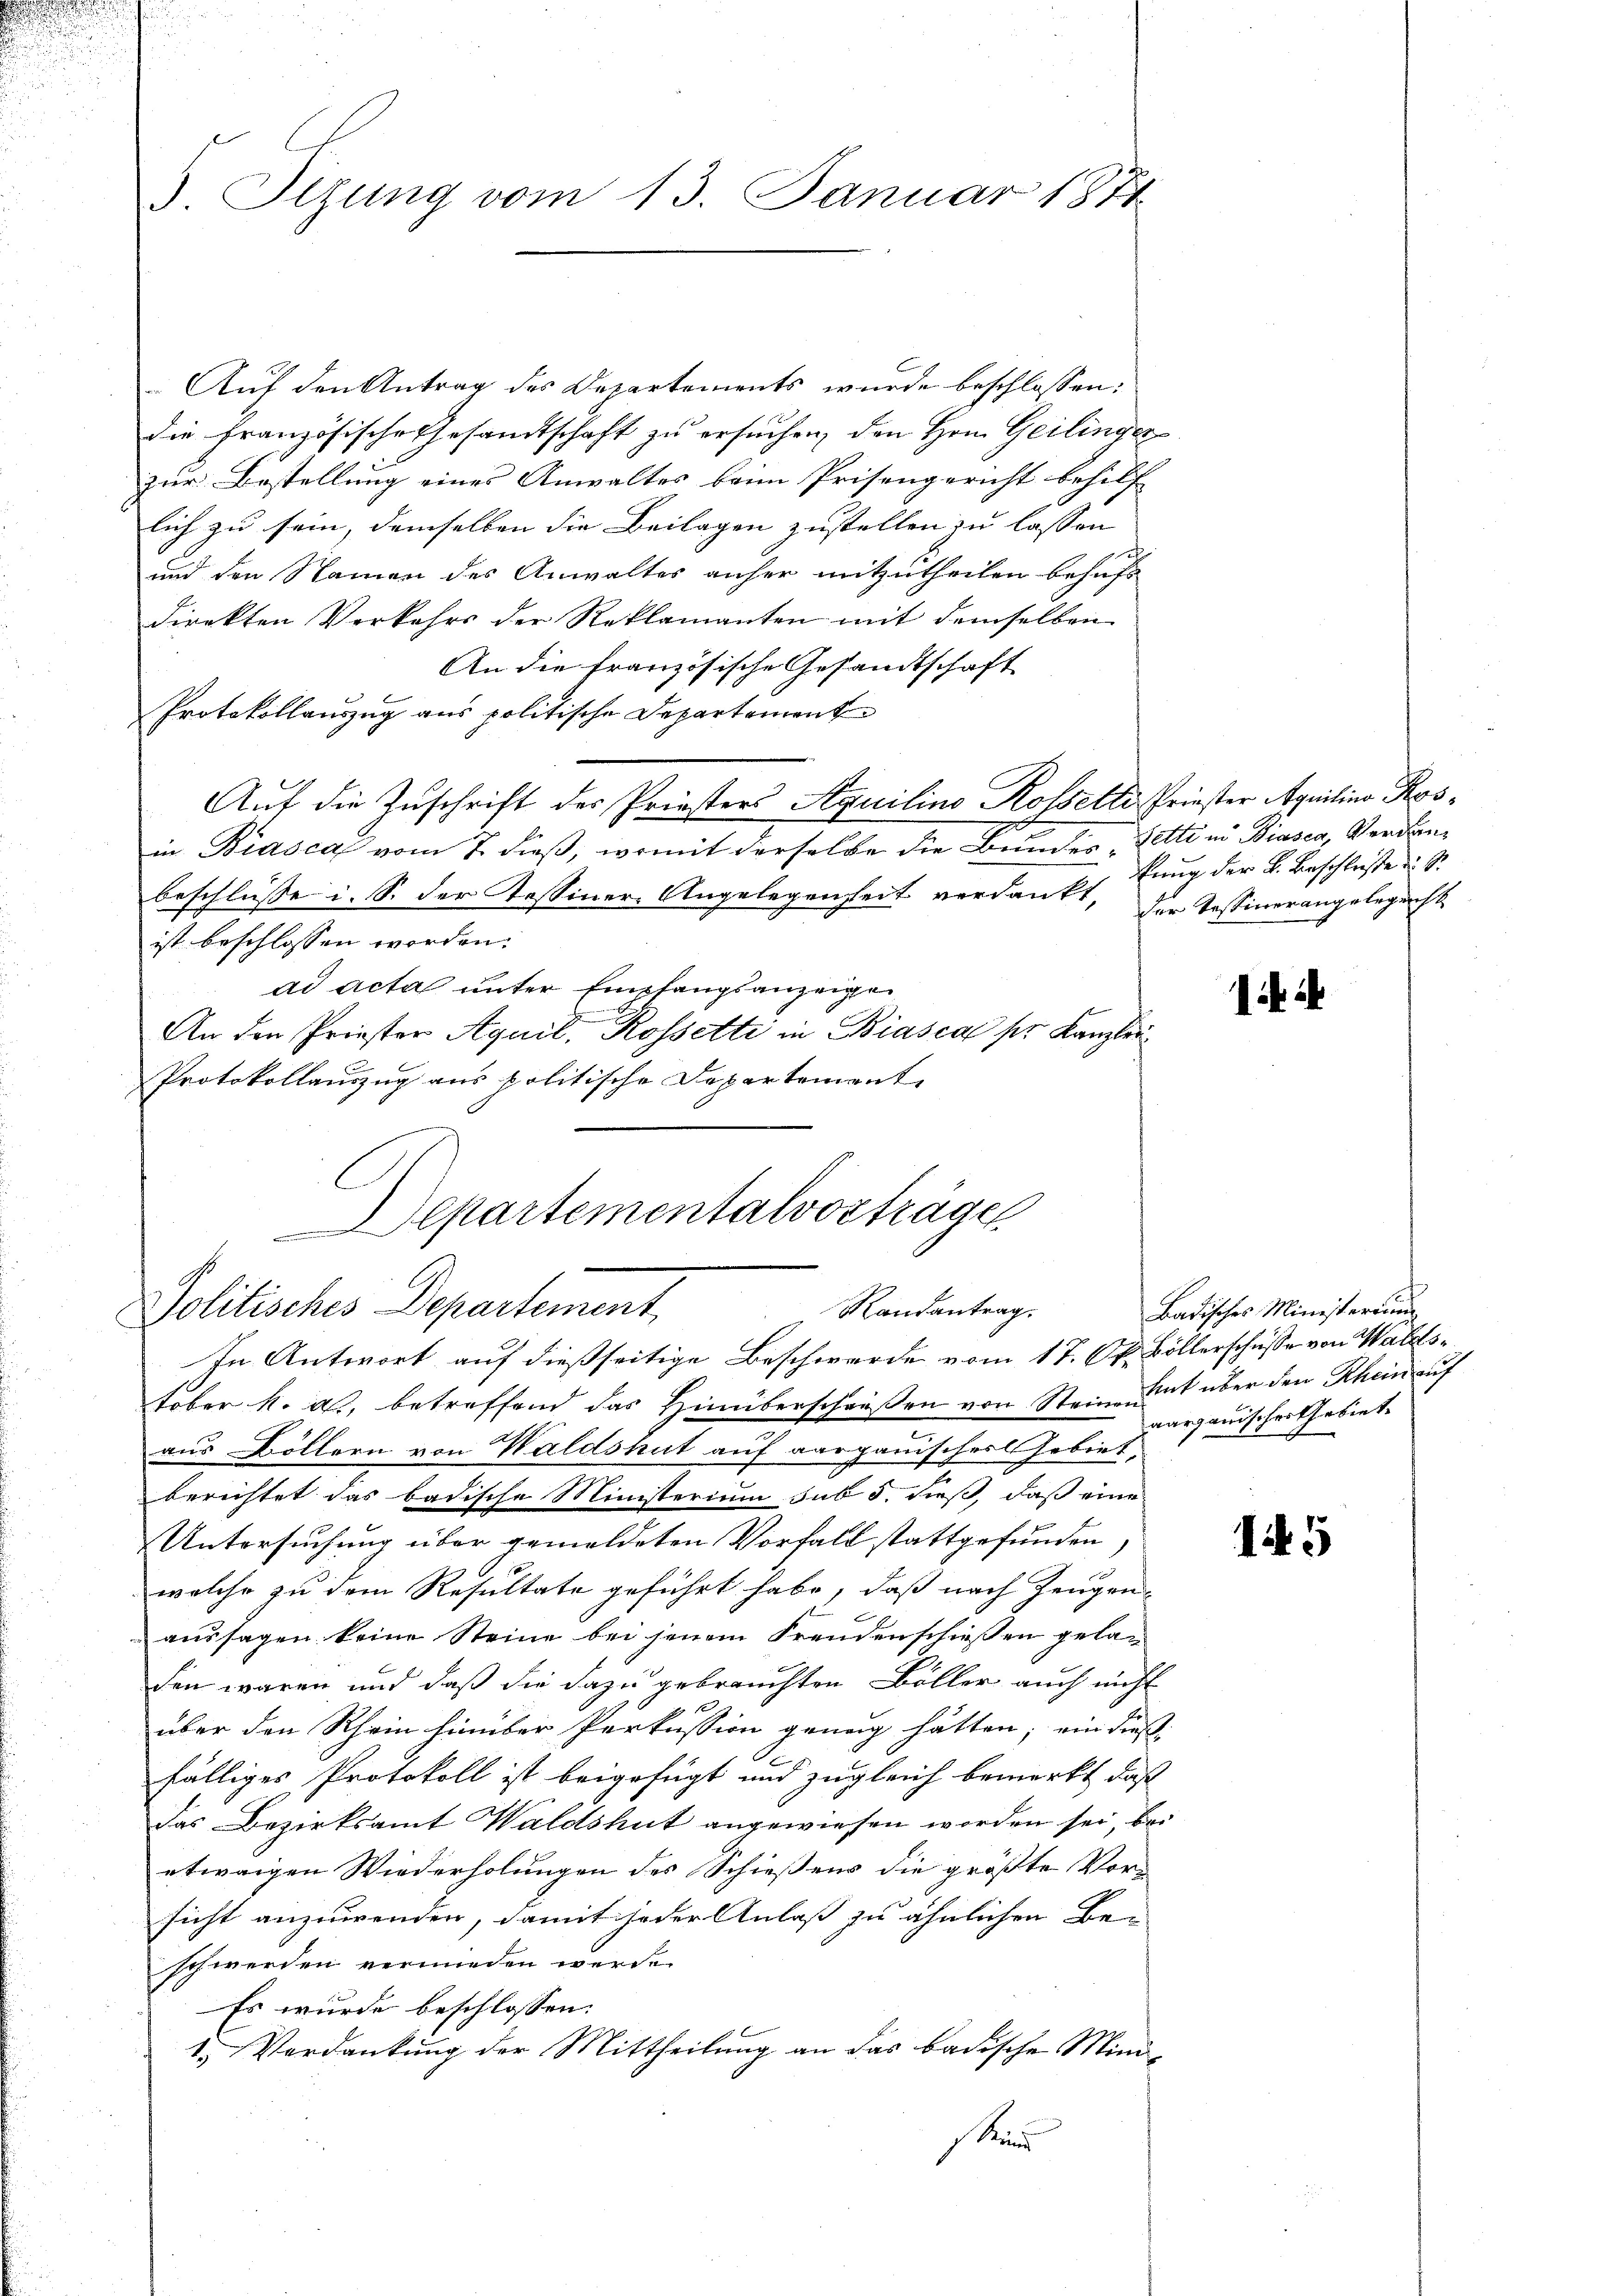
S. Tizung vom 13. Januar 1874

Auf den Antrag des Departements wurde beschlossen:
die französische Gesandtschaft zu ersuchen, den Hrn. Geilinger
zur Bestellung eines Anwaltes beim Prisengericht behilf
lich zu sein, demselben die Beilagen zustellen zu lassen
und den Namen des Anwaltes anher mitzutheilen behufs
direkten Vorkehrs der Reklamanten mit demselben
An die französische Gesandtschaft
Protokollauszug aus politische Departement
Auf die Zuschrift der Priesters Aquilino Rosseltes Priester Aquilins Rosin Biasca vom 7. dieß, womit derselbe die Bundes Petti in Biasca, Verdränbeschlüsse i. S. der Tessiner-Angelegenheit verdankt, der Tessinerangelegungs
ist beschlossen worden.
ad acta unter Empfangsanzeige
An den Priester Aquil, Rossetti in Biasca ser Kanzlei
Protokollauszug aus politische Departement
Departementalvorträge
Politisches Departement,
Randantrag.
In Antwort auf dießseitige Beschwerde vom 17. Okt. Böllerschusse von Walds¬
Fober k. als, betreffend das Hinüberschaußen von Steine mit über den Rhein auf
aus Böllern von Waldshut auf aargauisches Gebiet,
berichtet das badische Ministerium sub 5. dieß, daß eine
Untersuchung über gemeldeten Vorfall stattgefunden,
welche zu dem Resultate geführt habe, daß nach Zeugen-
aussagen keine Steine bei jenem Freudenschiessen geladen waren und daß die dazu gebrauchten Böller auch nicht
über den Rhein hinüber Perkussion genug hätten; ein dießfälliges Protokoll ist beigefügt und zugleich bemerkt, daß
Das Bezirksamt Waldshut angewiesen worden sei, bei
etwaigen Wiederholungen des Schießens die größte Vor-
sicht anzuwenden, damit jeder Anlaß zu ähnlichen Be-
schwerden vermieden werde.
Es wurde beschlossen:
1.) Verdankung der Mittheilung an das badische Mini-
sken

kung der K. Beschluße d. S.

1.

Badisches Ministerium
aargauischer Gebiete

15